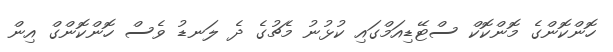
ހޮންކޮންގެ މޮންކޮކް ސްޓޭޑިއަމްގައި ކުޅުނު މެޗުގެ ދެ ލަނޑު ވެސް ހޮންކޮންގް އިން